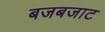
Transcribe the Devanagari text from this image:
बजबजाट